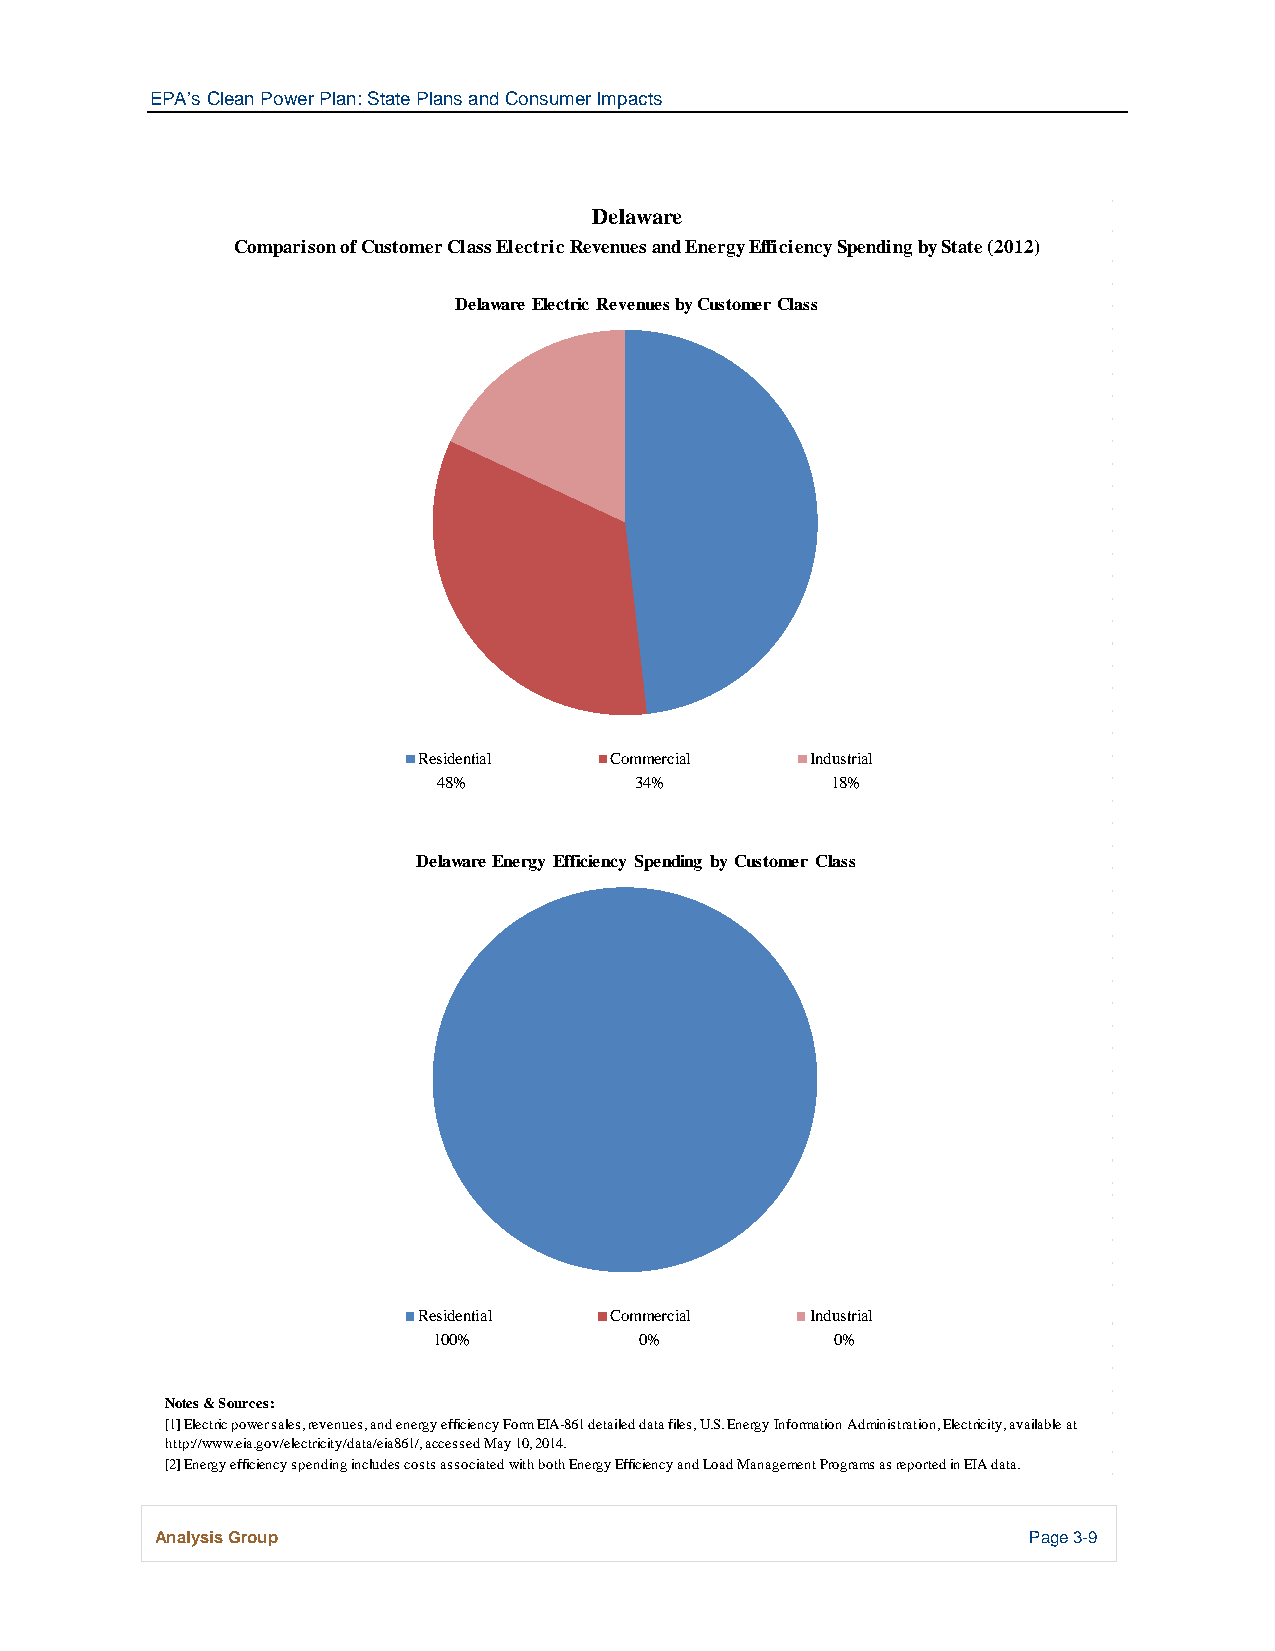
EPA’s Clean Power Plan: State Plans and Consumer Impacts
 Delaware
 Comparison of Customer Class Electric Revenues and Energy Efficiency Spending by State (2012)
 Delaware Electric Revenues by Customer Class
 Residential Commercial    Industrial
 48%          34%          18%
 Delaware Energy Efficiency Spending by Customer Class
 Residential Commercial    Industrial
 100%         0%           0%
 Notes & Sources:
 [1] Electric power sales, revenues, and energy efficiency Form EIA-861 detailed data files, U.S. Energy Information Administration, Electricity, available at
 http://www.eia.gov/electricity/data/eia861/, accessed May 10, 2014.
 [2] Energy efficiency spending includes costs associated with both Energy Efficiency and Load Management Programs as reported in EIA data.
 Analysis Group                                            Page 3-9